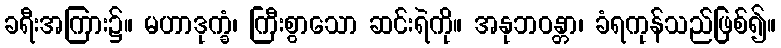
ခရီးအကြား၌။ မဟာဒုက္ခံ၊ ကြီးစွာသော ဆင်းရဲကို။ အနုဘဝန္တာ၊ ခံရကုန်သည်ဖြစ်၍။